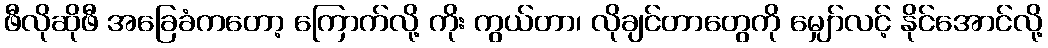
ဖီလိုဆိုဖီ အခြေခံကတော့ ကြောက်လို့ ကိုး ကွယ်တာ၊ လိုချင်တာတွေကို မျှော်လင့် နိုင်အောင်လို့